Civil Veterinary Dept. Bombay admin report 1932-41 - 1932-1941
Year: 1932
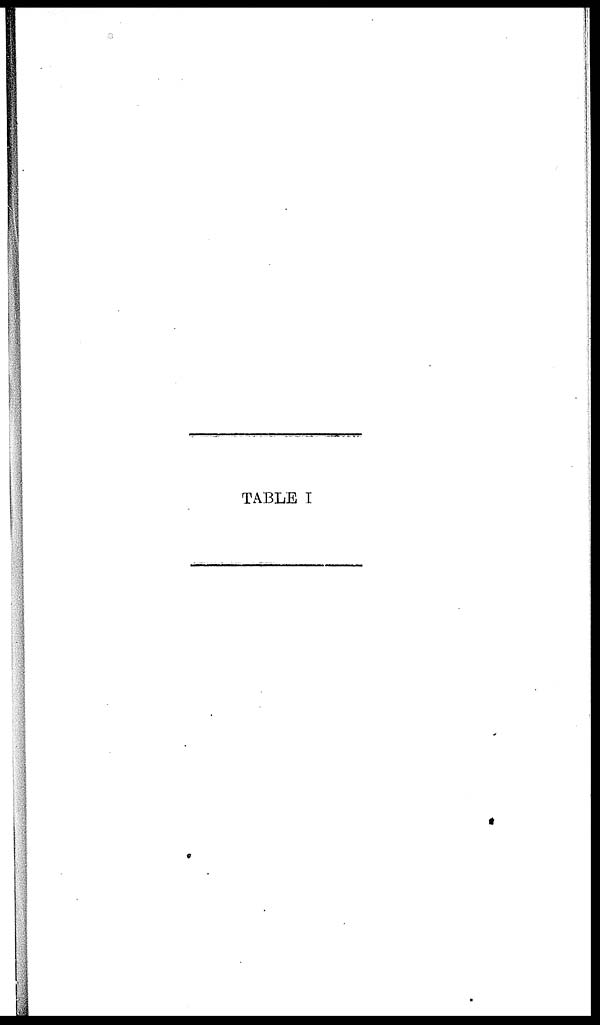
TABLE I